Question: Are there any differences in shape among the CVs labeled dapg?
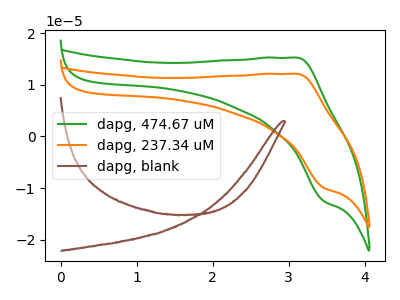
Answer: <think>The green curve "dapg, 474.67 uM" has an anodic peak at (3.10V, 15.25uA) and a cathodic peak at (3.45V, -12.50uA). The orange curve "dapg, 237.34 uM" has an anodic peak at (3.10V, 12.10uA) and a cathodic peak at (3.45V, -9.90uA). The brown curve "dapg, blank" has no peaks.
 All the peaks in "dapg, 474.67 uM" have a peak in "dapg, 237.34 uM" at the same potential. Every peak in "dapg, 474.67 uM" is higher than every peak in "dapg, 237.34 uM". "dapg, 474.67 uM" and "dapg, blank" have a different number of peaks. "dapg, 237.34 uM" and "dapg, blank" have a different number of peaks.</think>
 <answer>All the CV's of "dapg" have similar shape.</answer>
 <eval>follow_rule</eval>